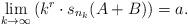
LaTeX: \begin{align*} \lim_{k \to \infty} \left( k^r \cdot s_{n_k}(A+B) \right) = a.\end{align*}